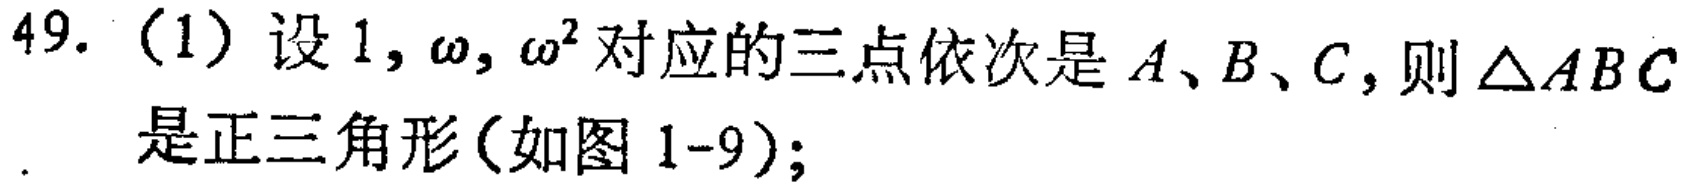
49. (1) 设 \(1,\omega,\omega^{2}\) 对应的三点依次是 \(A、B、C\)，则 \(\triangle ABC\) 是正三角形(如图 1-9);